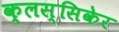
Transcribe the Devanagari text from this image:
क्लस्सिकेर